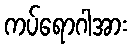
ကပ်ရောဂါအား